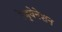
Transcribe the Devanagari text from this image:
रेजुवेनेशन